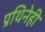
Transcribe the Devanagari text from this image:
प्रथिनेही